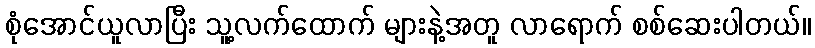
စုံအောင်ယူလာပြီး သူ့လက်ထောက် များနဲ့အတူ လာရောက် စစ်ဆေးပါတယ်။